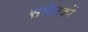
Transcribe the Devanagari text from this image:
सचेतकों